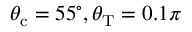
\theta _ { \mathrm { c } } = 5 5 ^ { \circ } , \theta _ { \mathrm { T } } = 0 . 1 \pi